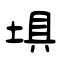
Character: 埧